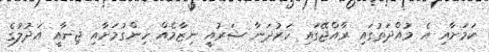
ކަމަށާއި އެ މުއްދަތުގައި ރާއްޖޭގައި ހަރުދަނާ ޝަރުއީ ނިޒާމެއް ހިންގުމަށާއި ޖިނާއީ އަދުލުގެ